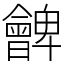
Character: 朇